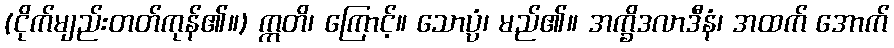
(ငိုက်မျည်းတတ်ကုန်၏။) ဣတိ၊ ကြောင့်။ သောပ္ပံ၊ မည်၏။ အက္ခိဒလာဒီနံ၊ အထက် အောက်